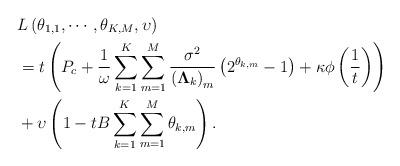
LaTeX: \begin{align*}&L\left(\theta_{1,1}, \cdots, \theta_{K,M}, \upsilon\right)\\&=t\left(P_c+\frac{1}{\omega}\sum_{k=1}^K\sum_{m=1}^M \frac{\sigma^2}{\left(\mathbf{\Lambda}_k\right)_{m}}\left(2^{\theta_{k,m}}-1\right)+\kappa\phi\left(\frac{1}{t}\right)\right)\\&+\upsilon \left(1-tB\sum_{k=1}^K\sum_{m=1}^M \theta_{k,m}\right).\end{align*}